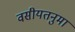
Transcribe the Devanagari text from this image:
वसीयतनुमा